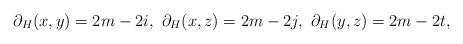
LaTeX: \begin{align*}\partial_H(x,y)=2m-2i,\ \partial_H(x,z)=2m-2j,\ \partial_H(y,z)=2m-2t,\end{align*}